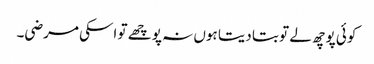
کوئی پوچھ لے تو بتا دیتا ہوں نہ پوچھے تو اسکی مرضی۔